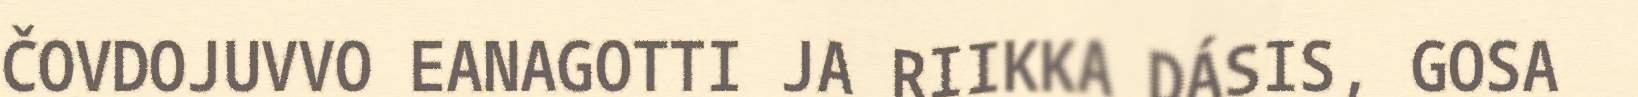
ČOVDOJUVVO EANAGOTTI JA RIIKKA DÁSIS, GOSA